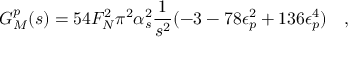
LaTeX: G _ { M } ^ { p } ( s ) = 5 4 F _ { N } ^ { 2 } \pi ^ { 2 } \alpha _ { s } ^ { 2 } \frac { 1 } { s ^ { 2 } } ( - 3 - 7 8 \epsilon _ { p } ^ { 2 } + 1 3 6 \epsilon _ { p } ^ { 4 } ) \quad ,